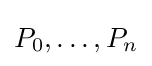
P_{0},\dots ,P_{n}